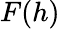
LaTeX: F(h)